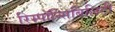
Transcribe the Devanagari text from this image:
रिस्पॉन्सिबिलिटी